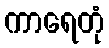
ကာရေတုံ